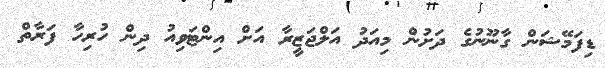
ޑިިފަމޭޝަން ގާނޫނުގެ ދަށުން މިއަދު އަލްޖަޒީރާ އަށް އިންޓަވިއު ދިން ހުރިހާ ފަރާތް